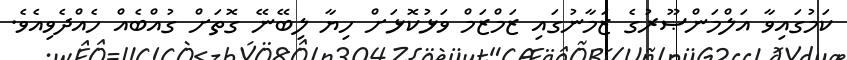
ކަމުގައިިވާ އަލްމަންޞޫރުގެ ޒަމާނުގައި ޒަމްޒަމް ވަޅުކޮޅަށް ހިޔާ ލިބޭނޭ ގޮތަށް ގުއްބެއް ހެއްދެވިއެވެ.